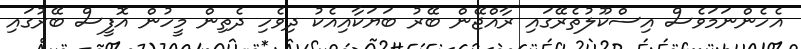
އެހެންނަމަވެސް އިސްކޫލުތެރޭގައި ރާއްޖޭން ބޭރު ބަޔަކާއިއެކު ދިވެހި ދެތިން މީހުން އޮފީސް ބޭރުގައި